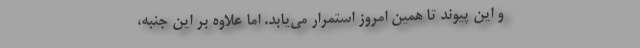
و این پیوند تا همین امروز استمرار می‌یابد. اما علاوه بر این جنبه،